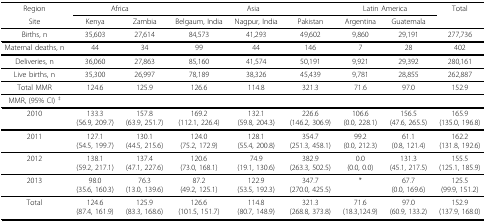
<table><thead><tr><td><b>Region</b></td><td colspan="2"><b>Africa</b></td><td colspan="3"><b>Asia</b></td><td colspan="2"><b>Latin America</b></td><td><b>Total</b></td></tr><tr><td><b>Site</b></td><td><b>Kenya</b></td><td><b>Zambia</b></td><td><b>Belgaum, India</b></td><td><b>Nagpur, India</b></td><td><b>Pakistan</b></td><td><b>Argentina</b></td><td><b>Guatemala</b></td><td></td></tr></thead><tbody><tr><td>Births, n</td><td>35,603</td><td>27,614</td><td>84,573</td><td>41,293</td><td>49,602</td><td>9,860</td><td>29,191</td><td>277,736</td></tr><tr><td>Maternal deaths, n</td><td>44</td><td>34</td><td>99</td><td>44</td><td>146</td><td>7</td><td>28</td><td>402</td></tr><tr><td>Deliveries, n</td><td>36,060</td><td>27,863</td><td>85,160</td><td>41,574</td><td>50,191</td><td>9,921</td><td>29,392</td><td>280,161</td></tr><tr><td>Live births, n</td><td>35,300</td><td>26,997</td><td>78,189</td><td>38,326</td><td>45,439</td><td>9,781</td><td>28,855</td><td>262,887</td></tr><tr><td>Total MMR</td><td>124.6</td><td>125.9</td><td>126.6</td><td>114.8</td><td>321.3</td><td>71.6</td><td>97.0</td><td>152.9</td></tr><tr><td>MMR, (95% CI) <sup>‡</sup></td><td></td><td></td><td></td><td></td><td></td><td></td><td></td><td></td></tr><tr><td>2010</td><td>133.3(56.9, 209.7)</td><td>157.8(63.9, 251.7)</td><td>169.2(112.1, 226.4)</td><td>132.1(59.8, 204.3)</td><td>226.6(146.2, 306.9)</td><td>106.6(0.0, 228.1)</td><td>156.5(47.6, 265.5)</td><td>165.9(135.0, 196.8)</td></tr><tr><td>2011</td><td>127.1(54.5, 199.7)</td><td>130.1(44.5, 215.6)</td><td>124.0(75.2, 172.9)</td><td>128.1(55.4, 200.8)</td><td>354.7(251.3, 458.1)</td><td>99.2(0.0, 212.3)</td><td>61.1(0.8, 121.4)</td><td>162.2(131.8, 192.6)</td></tr><tr><td>2012</td><td>138.1(59.2, 217.1)</td><td>137.4(47.1, 227.6)</td><td>120.6(73.0, 168.1)</td><td>74.9(19.1, 130.6)</td><td>382.9(263.3, 502.5)</td><td>0.0(0.0, 0.0)</td><td>131.3(45.1, 217.5)</td><td>155.5(125.1, 185.9)</td></tr><tr><td>2013</td><td>98.0(35.6, 160.3)</td><td>76.3(13.0, 139.6)</td><td>87.2(49.2, 125.1)</td><td>122.9(53.5, 192.3)</td><td>347.7(270.0, 425.5)</td><td>*</td><td>67.7(0.0, 169.6)</td><td>125.5(99.9, 151.2)</td></tr><tr><td>Total</td><td>124.6(87.4, 161.9)</td><td>125.9(83.3, 168.6)</td><td>126.6(101.5, 151.7)</td><td>114.8(80.7, 148.9)</td><td>321.3(268.8, 373.8)</td><td>71.6(18.3,124.9)</td><td>97.0(60.9, 133.2)</td><td>152.9(137.9, 168.0)</td></tr></tbody></table>